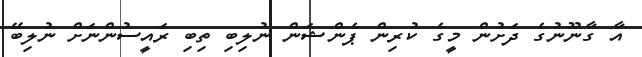
އާ ގާނޫނުގެ ދަށުން މީގެ ކުރިން ޕެންޝަން ނުލިބި ތިބި ރައީސުންނަށް ނުލިބޭ